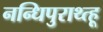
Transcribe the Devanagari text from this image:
नन्धिपुराथ्त्हू